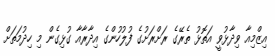
އިޒްމިއާ ވިދާޅުވީ އަތޮޅު ތެރޭގެ ރަށްރަށުގެ ފުލުހުންގެ އިދާރާއާ ގުޅިގެން މި ހިދުމަތަށް